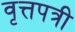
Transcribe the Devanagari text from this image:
वृत्तपत्री